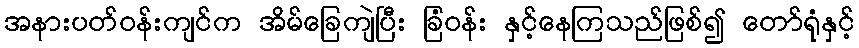
အနားပတ်ဝန်းကျင်က အိမ်ခြေကျဲပြီး ခြံဝန်း နှင့်နေကြသည်ဖြစ်၍ တော်ရုံနှင့်